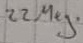
Text: 22Meg.